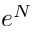
e ^ { N }